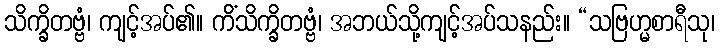
သိက္ခိတဗ္ဗံ၊ ကျင့်အပ်၏။ ကိံသိက္ခိတဗ္ဗံ၊ အဘယ်သို့ကျင့်အပ်သနည်း။ “သဗြဟ္မစာရီသု၊